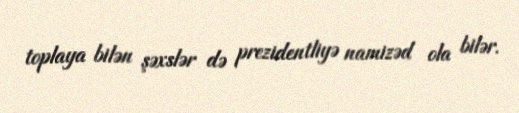
toplaya bilən şəxslər də prezidentliyə namizəd ola bilər.